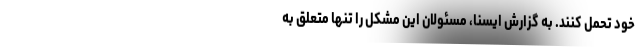
خود تحمل کنند. به گزارش ایسنا، مسئولان این مشکل را تنها متعلق به